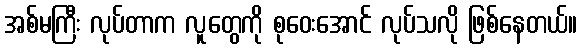
အစ်မကြီး လုပ်တာက လူတွေကို စုဝေးအောင် လုပ်သလို ဖြစ်နေတယ်။